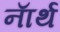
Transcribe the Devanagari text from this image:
नाॅर्थ